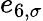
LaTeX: e_{6,\sigma}